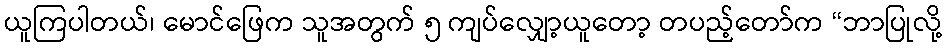
ယူကြပါတယ်၊ မောင်ဖြေက သူအတွက် ၅ ကျပ်လျှော့ယူတော့ တပည့်တော်က “ဘာပြုလို့